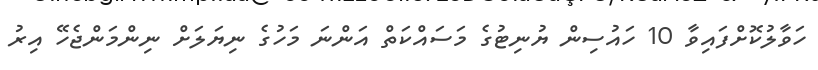
ހަވާލުކޮށްފައިވާ 10 ހައުސިން ޔުނިޓުގެ މަސައްކަތް އަންނަ މަހުގެ ނިޔަލަށް ނިންމަންޖެހޭ އިރު